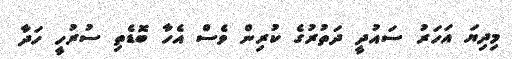
މިދިޔަ އަހަރު ސައުދީ ދަތުރުގެ ކުރިން ވެސް އެހާ ބޮޑެތި ސުރުހީ ހަދާ